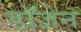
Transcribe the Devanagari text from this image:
डॉजेन